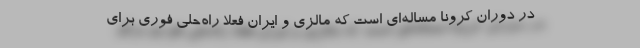
در دوران کرونا مساله‌ای است که مالزی و ایران فعلا راه‌حلی فوری برای